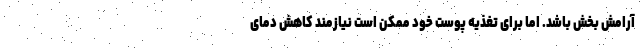
آرامش بخش باشد. اما برای تغذیه پوست خود ممکن است نیازمند کاهش دمای